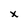
Character: x